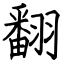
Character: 翻